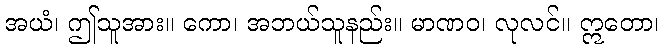
အယံ၊ ဤသူအား။ ကော၊ အဘယ်သူနည်း။ မာဏဝ၊ လုလင်။ ဣတော၊